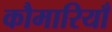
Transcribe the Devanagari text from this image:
कौमारियाँ